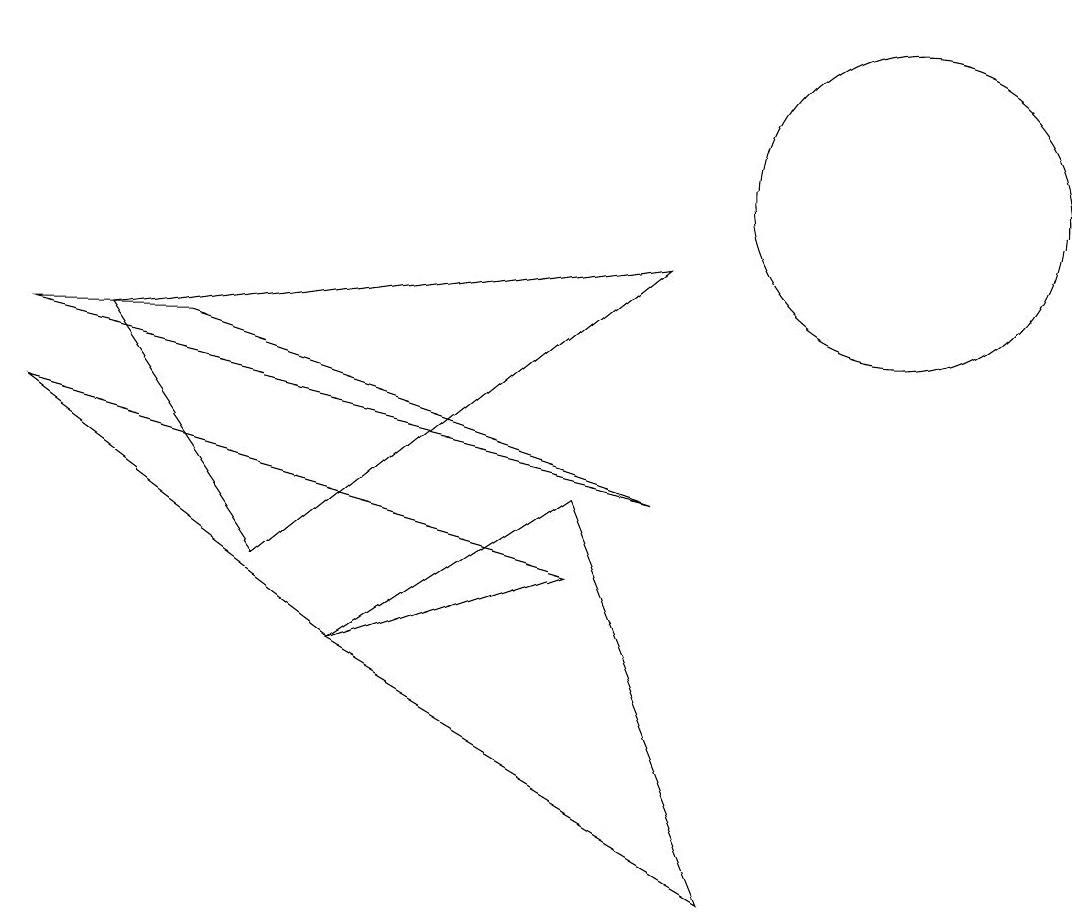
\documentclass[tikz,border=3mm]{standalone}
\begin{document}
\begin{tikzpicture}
\draw (11,10) circle (2);
\draw (0,8) -- (8,6) -- (2,8) -- cycle;
\draw (9,1) -- (7,6) -- (4,4) -- cycle;
\draw (4,4) -- (7,5) -- (0,7) -- cycle;
\draw (3,5) -- (1,8) -- (8,9) -- cycle;
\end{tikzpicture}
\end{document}